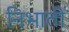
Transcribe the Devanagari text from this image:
निभातीं